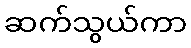
ဆက်သွယ်ကာ